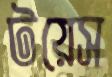
টয়েস